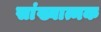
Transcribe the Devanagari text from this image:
सांख्यात्मक